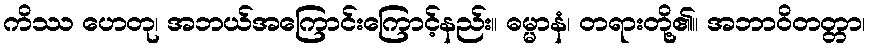
ကိဿ ဟေတု၊ အဘယ်အကြောင်းကြောင့်နည်း။ ဓမ္မာနံ၊ တရားတို့၏။ အဘာဝိတတ္တာ၊